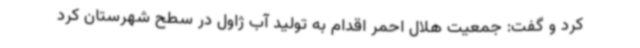
کرد و گفت: جمعیت هلال احمر اقدام به تولید آب ژاول در سطح شهرستان کرد